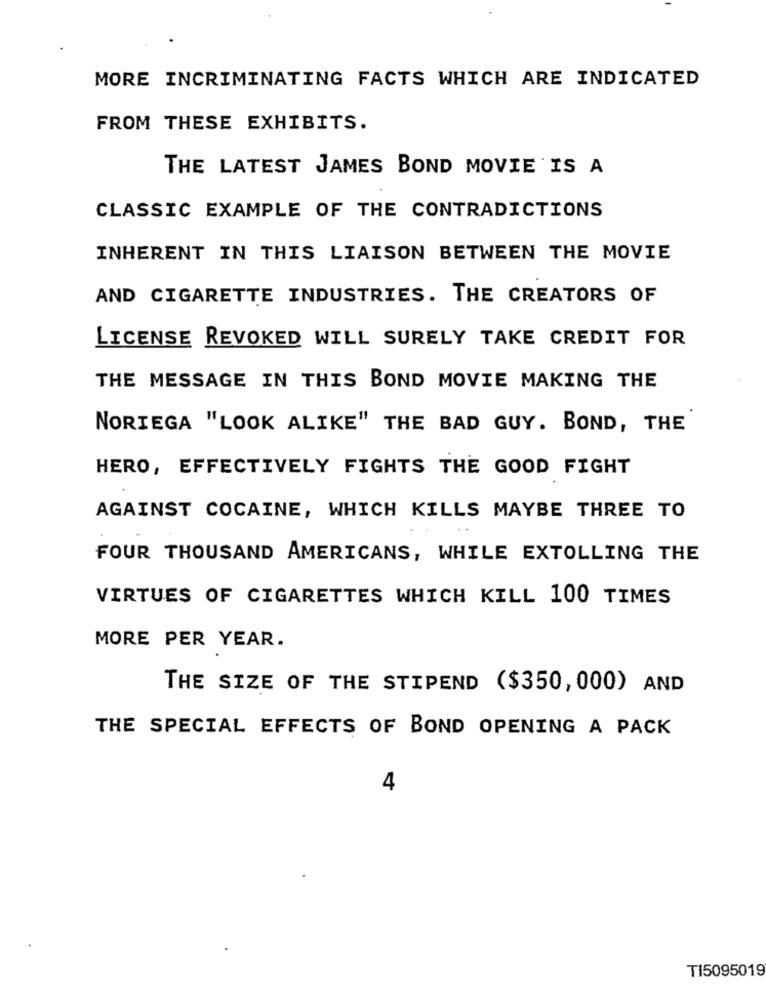
MORE INCRIMINATING FACTS WHICH ARE INDICATED
FROM THESE EXHIBITS.
THE LATEST JAMES BOND MOVIE IS A
CLASSIC EXAMPLE OF THE CONTRADICTIONS
INHERENT IN THIS LIAISON BETWEEN THE MOVIE
AND CIGARETTE INDUSTRIES. THE CREATORS OF
LICENSE REVOKED WILL SURELY TAKE CREDIT FOR
THE MESSAGE IN THIS BOND MOVIE MAKING THE
NORIEGA "LOOK ALIKE" THE BAD GUY. BOND, THE
HERO, EFFECTIVELY FIGHTS THE GOOD FIGHT
AGAINST COCAINE, WHICH KILLS MAYBE THREE TO
FOUR THOUSAND AMERICANS, WHILE EXTOLLING THE
VIRTUES OF CIGARETTES WHICH KILL 100 TIMES
MORE PER YEAR.
THE SIZE OF THE STIPEND ($350, 000) AND
THE SPECIAL EFFECTS OF BOND OPENING A PACK
4
T15095019